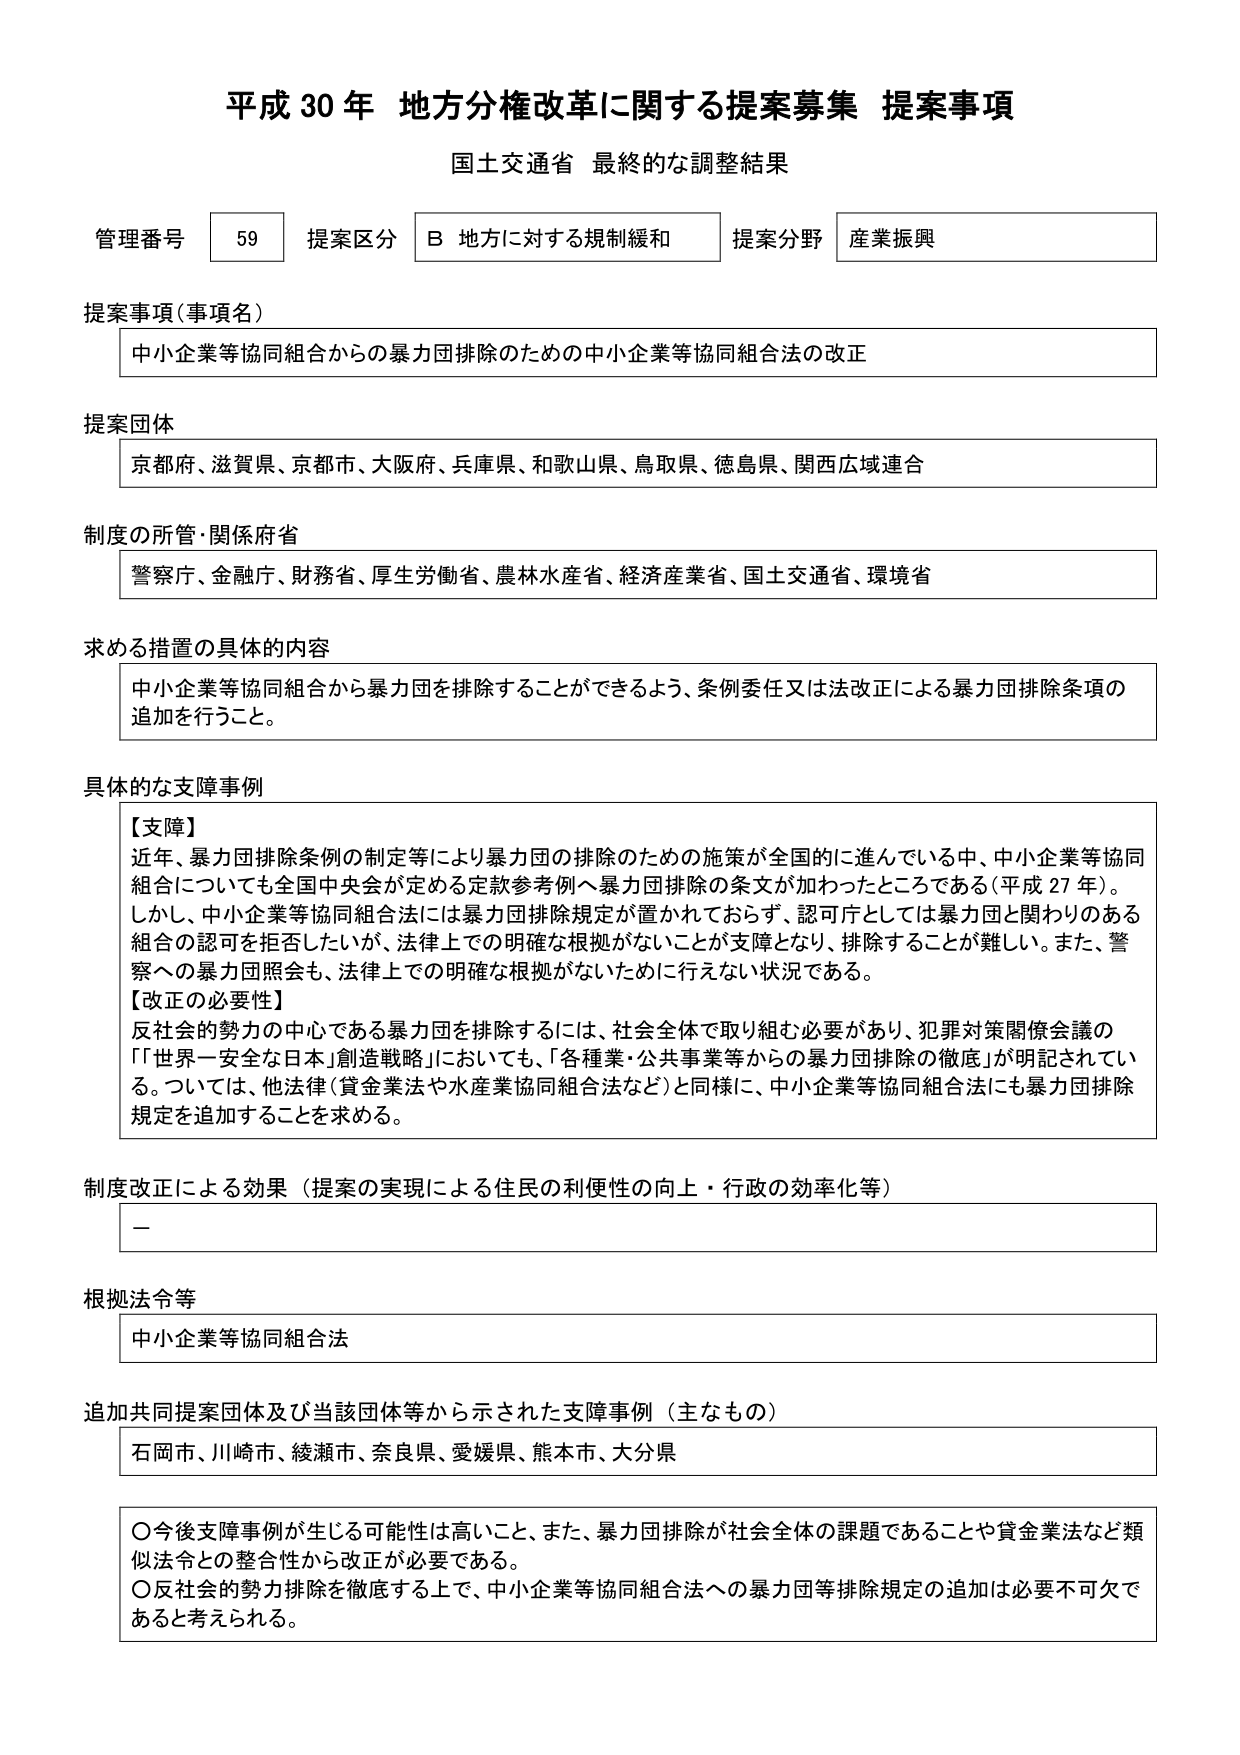
平成30年 地方分権改革に関する提案募集 提案事項
国土交通省 最終的な調整結果

管理番号 59 提案区分 B 地方に対する規制緩和 提案分野 産業振興

提案事項（事項名）
中小企業等協同組合からの暴力団排除のための中小企業等協同組合法の改正

提案団体
京都府、滋賀県、京都市、大阪府、兵庫県、和歌山県、鳥取県、徳島県、関西広域連合

制度の所管・関係府省
警察庁、金融庁、財務省、厚生労働省、農林水産省、経済産業省、国土交通省、環境省

求める措置の具体的内容
中小企業等協同組合から暴力団を排除することができるよう、条例委任又は法改正による暴力団排除条項の追加を行うこと。

具体的な支障事例
【支障】
近年、暴力団排除条例の制定等により暴力団の排除のための施策が全国的に進んでいる中、中小企業等協同組合についても全国中央会が定める定款参考例へ暴力団排除の条文が加わったところである（平成27年）。
しかし、中小企業等協同組合法には暴力団排除規定が置かれておらず、認可庁としては暴力団と関わりのある組合の認可を拒否したいが、法律上での明確な根拠がないことが支障となり、排除することが難しい。また、警察への暴力団照会も、法律上での明確な根拠がないために行えない状況である。
【改正の必要性】
反社会的勢力の中心である暴力団を排除するには、社会全体で取り組む必要があり、犯罪対策関係会議の「世界一安全な日本」創造戦略においても、「各種業・公共事業等からの暴力団排除の徹底」が明記されている。ついては、他法律（貸金業法や水産業協同組合法など）と同様に、中小企業等協同組合法にも暴力団排除規定を追加することを求める。

制度改正による効果（提案の実現による住民の利便性の向上・行政の効率化等）
－

根拠法令等
中小企業等協同組合法

追加共同提案団体及び当該団体等から示された支障事例（主なもの）
石岡市、川崎市、綾瀬市、奈良県、愛媛県、熊本市、大分県

○今後支障事例が生じる可能性は高いこと、また、暴力団排除が社会全体の課題であることや貸金業法など類似法令との整合性から改正が必要である。
○反社会的勢力排除を徹底する上で、中小企業等協同組合法への暴力団等排除規定の追加は必要不可欠であると考えられる。